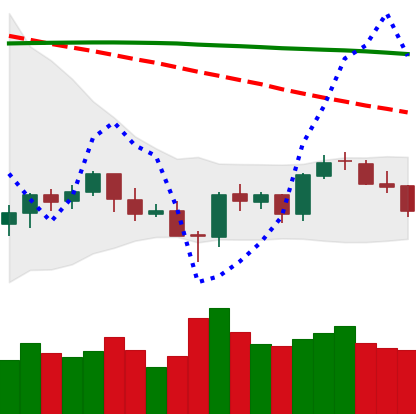
Ticker: BTC-USD
Chart end date: 2021-06-18
Forward return: -5.768%
Label: down_5_7